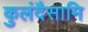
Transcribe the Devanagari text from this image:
कुलंदैसामि